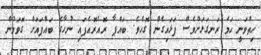
ހިތްވަނީ ހަމަ ރަނގަޅަށްވެސް ފަޅައިގެން ގޮހެވެ. ބައްޕާ ރޮއެރޮއެފައި ނުހާގެ ބައްޕައަށް ގޮވަމުން